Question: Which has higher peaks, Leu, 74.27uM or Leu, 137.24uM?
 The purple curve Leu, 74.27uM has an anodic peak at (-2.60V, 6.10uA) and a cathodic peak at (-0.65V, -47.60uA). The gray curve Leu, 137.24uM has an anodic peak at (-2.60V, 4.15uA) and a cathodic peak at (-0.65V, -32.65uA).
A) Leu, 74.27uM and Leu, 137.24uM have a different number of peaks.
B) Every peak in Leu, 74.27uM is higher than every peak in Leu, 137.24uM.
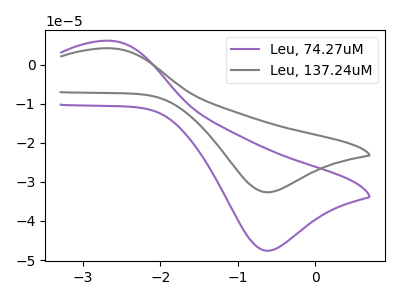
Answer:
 <answer>B) Every peak in "Leu, 74.27uM" is higher than every peak in "Leu, 137.24uM".</answer>
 <eval>B</eval>